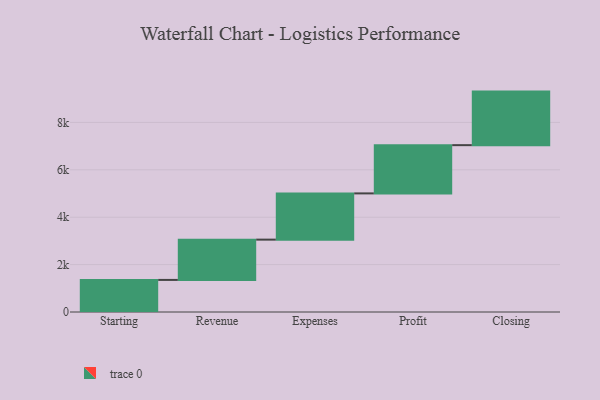
{"axis": {"x": "Step", "y": "Value"}, "legend": [""], "data": [{"x": "Starting", "y": 1354.0, "type": ""}, {"x": "Revenue", "y": 1700.0, "type": ""}, {"x": "Expenses", "y": 1951.0, "type": ""}, {"x": "Profit", "y": 2036.0, "type": ""}, {"x": "Closing", "y": 2260.0, "type": ""}]}